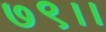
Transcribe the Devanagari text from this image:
७९।।